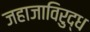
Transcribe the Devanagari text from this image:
जहाजाविरुद्ध